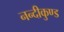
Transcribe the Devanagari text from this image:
नन्दीकुण्ड